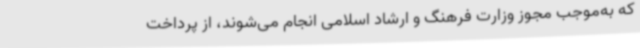
که به‌موجب مجوز وزارت فرهنگ و ارشاد اسلامی انجام می‌شوند، از پرداخت